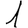
Digit: 1